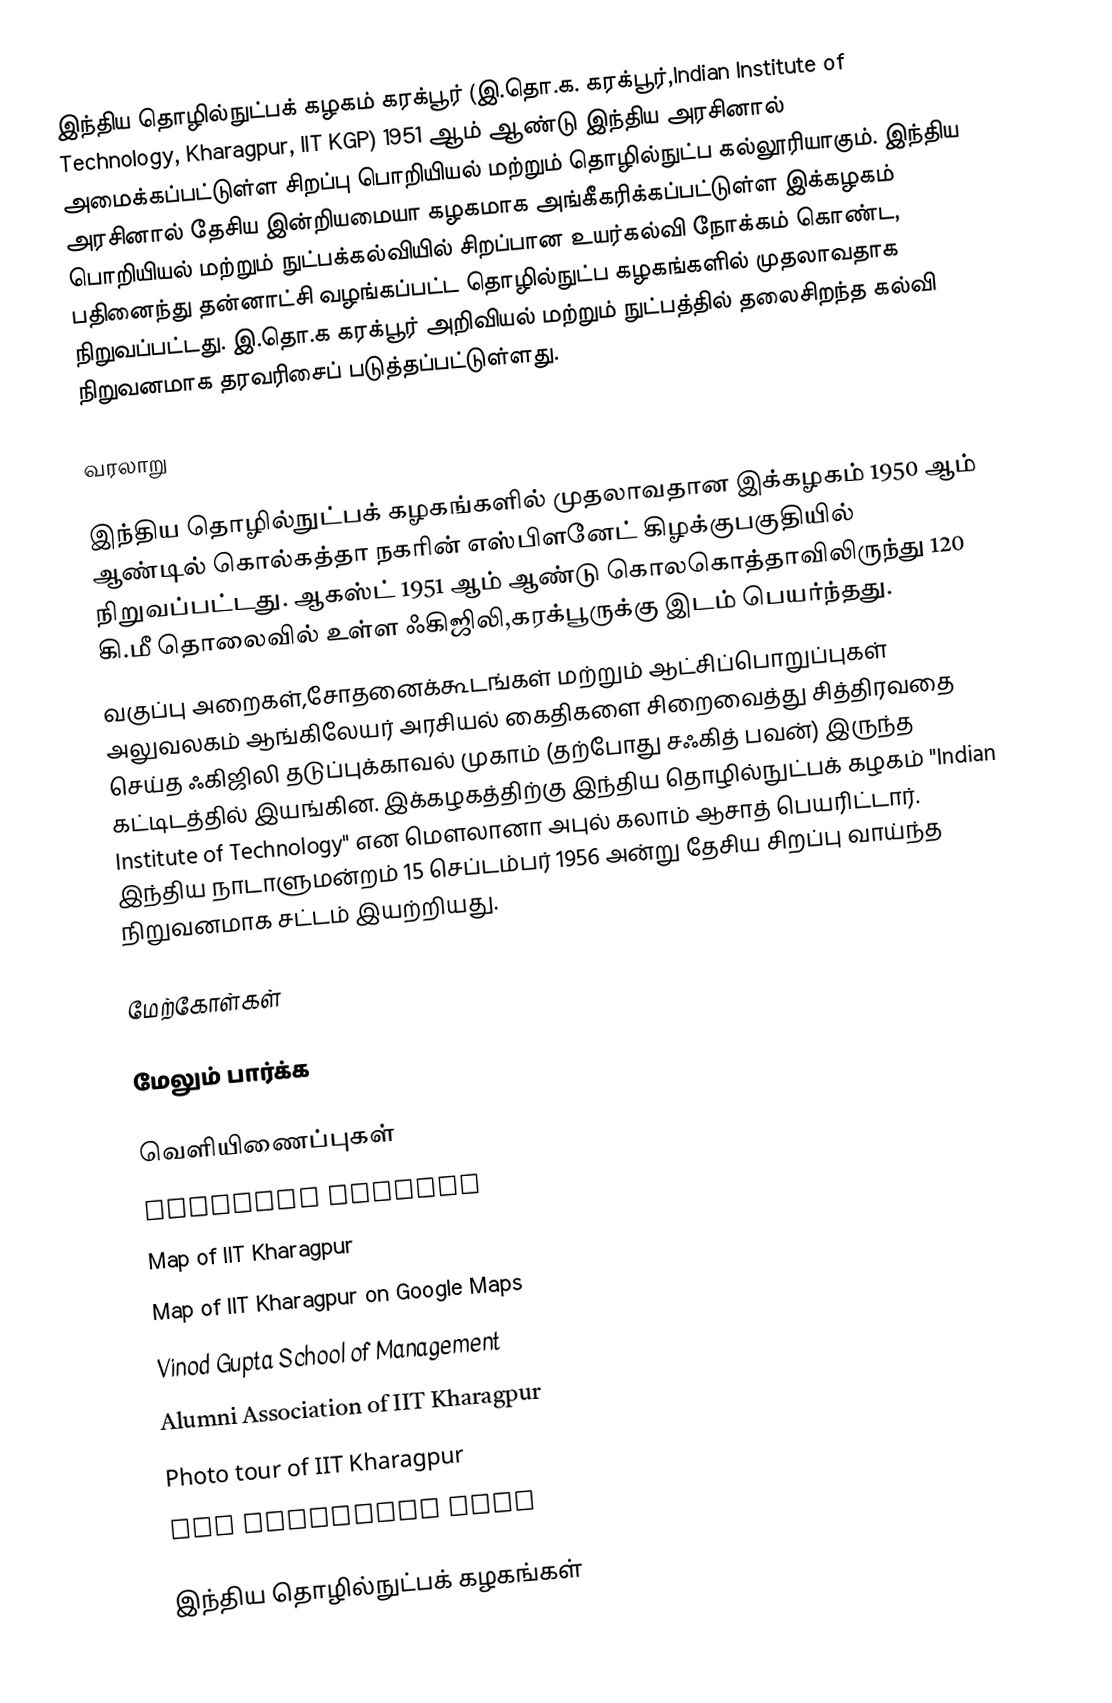
இந்திய தொழில்நுட்பக் கழகம் கரக்பூர் (இ.தொ.க. கரக்பூர்,Indian Institute of Technology, Kharagpur, IIT KGP) 1951 ஆம் ஆண்டு இந்திய அரசினால்  அமைக்கப்பட்டுள்ள சிறப்பு பொறியியல் மற்றும் தொழில்நுட்ப கல்லூரியாகும். இந்திய அரசினால் தேசிய இன்றியமையா கழகமாக அங்கீகரிக்கப்பட்டுள்ள இக்கழகம் பொறியியல் மற்றும் நுட்பக்கல்வியில் சிறப்பான உயர்கல்வி நோக்கம் கொண்ட, பதினைந்து தன்னாட்சி வழங்கப்பட்ட தொழில்நுட்ப கழகங்களில் முதலாவதாக நிறுவப்பட்டது. இ.தொ.க கரக்பூர் அறிவியல் மற்றும் நுட்பத்தில் தலைசிறந்த கல்வி நிறுவனமாக தரவரிசைப் படுத்தப்பட்டுள்ளது.

வரலாறு

இந்திய தொழில்நுட்பக் கழகங்களில் முதலாவதான இக்கழகம்  1950 ஆம் ஆண்டில் கொல்கத்தா நகரின் எஸ்பிளனேட் கிழக்குபகுதியில் நிறுவப்பட்டது. ஆகஸ்ட் 1951 ஆம் ஆண்டு கொலகொத்தாவிலிருந்து 120 கி.மீ தொலைவில் உள்ள ஃகிஜிலி,கரக்பூருக்கு இடம் பெயர்ந்தது.
வகுப்பு அறைகள்,சோதனைக்கூடங்கள் மற்றும் ஆட்சிப்பொறுப்புகள் அலுவலகம் ஆங்கிலேயர் அரசியல் கைதிகளை சிறைவைத்து சித்திரவதை செய்த ஃகிஜிலி தடுப்புக்காவல் முகாம் (தற்போது சஃகித் பவன்) இருந்த கட்டிடத்தில் இயங்கின. இக்கழகத்திற்கு இந்திய தொழில்நுட்பக் கழகம் "Indian Institute of Technology" என மௌலானா அபுல் கலாம் ஆசாத் பெயரிட்டார். இந்திய நாடாளுமன்றம் 15 செப்டம்பர் 1956 அன்று தேசிய சிறப்பு வாய்ந்த நிறுவனமாக சட்டம் இயற்றியது.

மேற்கோள்கள்

மேலும் பார்க்க

வெளியிணைப்புகள்
 Official website
 Map of IIT Kharagpur
 Map of IIT Kharagpur on Google Maps
 Vinod Gupta School of Management
 Alumni Association of IIT Kharagpur
 Photo tour of IIT Kharagpur
 IIT Kharagpur wiki

இந்திய தொழில்நுட்பக் கழகங்கள்